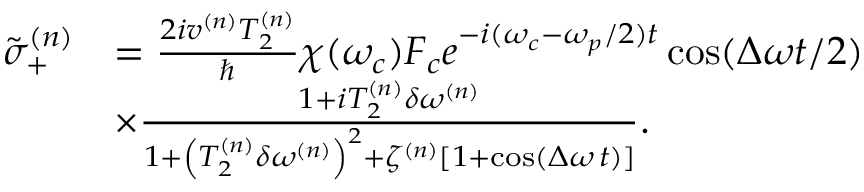
\begin{array} { r l } { \tilde { \sigma } _ { + } ^ { ( n ) } } & { = \frac { 2 i v ^ { ( n ) } T _ { 2 } ^ { ( n ) } } { \hbar } \chi ( \omega _ { c } ) F _ { c } e ^ { - i ( \omega _ { c } - \omega _ { p } / 2 ) t } \cos ( \Delta \omega t / 2 ) } \\ & { \times \frac { 1 + i T _ { 2 } ^ { ( n ) } \delta \omega ^ { ( n ) } } { 1 + \left( T _ { 2 } ^ { ( n ) } \delta \omega ^ { ( n ) } \right) ^ { 2 } + \zeta ^ { ( n ) } \left[ 1 + \cos \left( \Delta \omega \, t \right) \right] } . } \end{array}